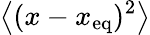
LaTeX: \left\langle(x-x_{\mathrm{eq}})^{2}\right\rangle